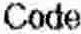
CODE